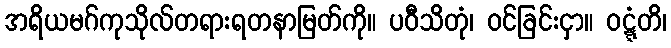
အရိယမဂ်ကုသိုလ်တရားရတနာမြတ်ကို။ ပဝီသိတုံ၊ ဝင်ခြင်းငှာ။ ဝဋ္ဋံတိ၊